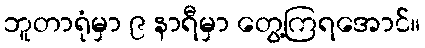
ဘူတာရုံမှာ ၉ နာရီမှာ တွေ့ကြရအောင်။